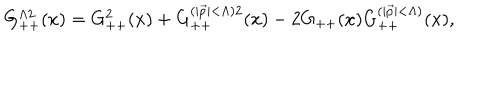
G _ { + + } ^ { \Lambda 2 } ( x ) = G _ { + + } ^ { 2 } ( x ) + G _ { + + } ^ { ( \vert \vec { p } \vert < \Lambda ) 2 } ( x ) - 2 G _ { + + } ( x ) G _ { + + } ^ { ( \vert \vec { p } \vert < \Lambda ) } ( x ) ,